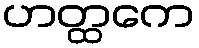
ဟတ္ထကေ